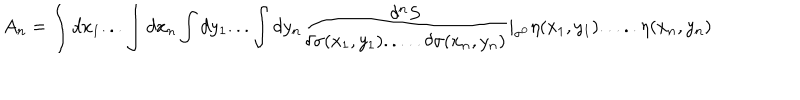
A _ { n } = \int d x _ { 1 } . . . \int d x _ { n } \int d y _ { 1 } . . . \int d y _ { n } { \frac { \delta ^ { n } S } { \delta \sigma ( x _ { 1 } , y _ { 1 } ) . . . . . \delta \sigma ( x _ { n } , y _ { n } ) } } | _ { \sigma ^ { 0 } } \eta ( x _ { 1 } , y _ { 1 } ) . . . . . \eta ( x _ { n } , y _ { n } )